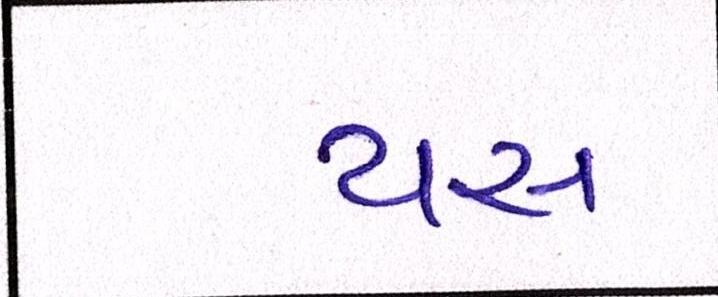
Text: યસ